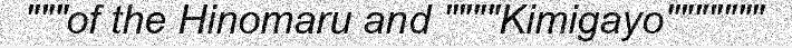
"""of the Hinomaru and """"Kimigayo"""""""